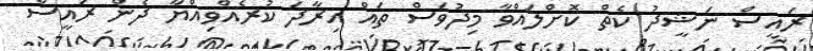
ރައީސް ނަޝީދު ކެތް ކޮށްލައްވާ މިދުވަސް ތައް އިރާދަ ކުރެއްވިއްޔާ ދެން ރައީސް